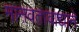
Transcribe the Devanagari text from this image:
मानवतावाद्याने